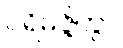
ပရိမဇ္ဇိတွာ